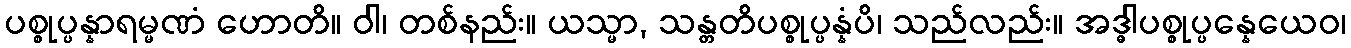
ပစ္စုပ္ပန္နာရမ္မဏံ ဟောတိ။ ဝါ၊ တစ်နည်း။ ယသ္မာ, သန္တတိပစ္စုပ္ပန္နံပိ၊ သည်လည်း။ အဒ္ဓါပစ္စုပ္ပန္နေယေဝ၊